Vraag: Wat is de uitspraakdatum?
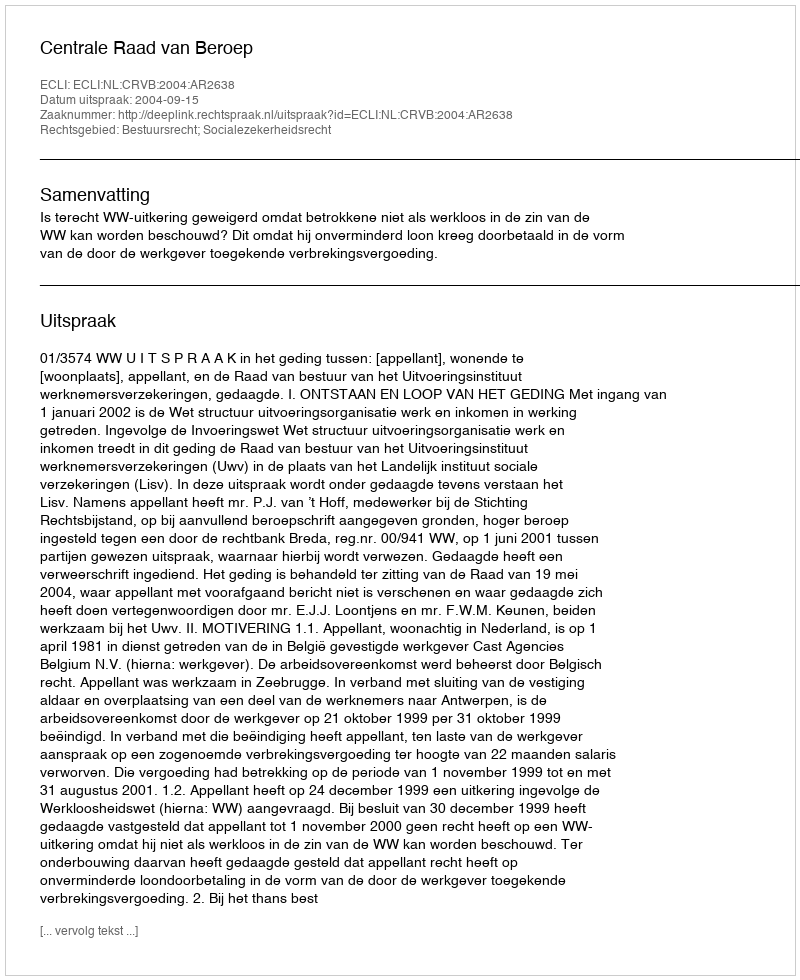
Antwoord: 2004-09-15